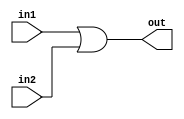
module Bit_Or(in1,in2,out);
  input [15:0] in1,in2;
  output [15:0] out;
  assign out = in1 | in2;
endmodule